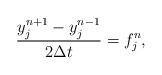
LaTeX: \begin{align*}\frac{y_{j}^{n+1}-y_{j}^{n-1}}{2\Delta t}=f_{j}^{n}, \end{align*}